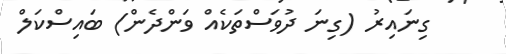
ގިނައިރު (ގިނަ ދުވަސްތަކެއް ވަންދެން) ބައިސްކަލް